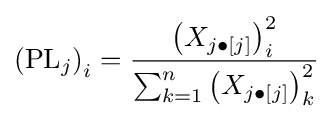
\left(\mathrm {PL} _{j}\right)_{i}={\frac {\left(X_{j\bullet [j]}\right)_{i}^{2}}{\sum _{k=1}^{n}\left(X_{j\bullet [j]}\right)_{k}^{2}}}